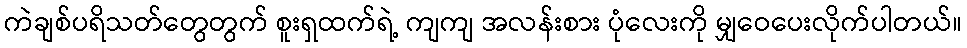
ကဲချစ်ပရိသတ်တွေတွက် စူးရှထက်ရဲ့ ကျကျ အလန်းစား ပုံလေးကို မျှဝေပေးလိုက်ပါတယ်။